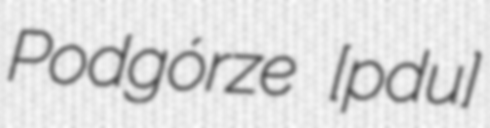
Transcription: Podgórze [pɔdˈɡuʐɛ]